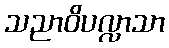
သညာဝိပလ္လာသာ